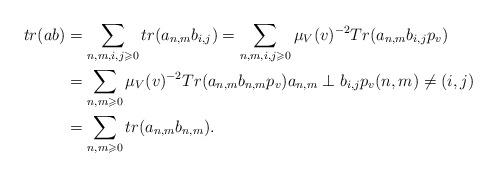
LaTeX: \begin{align*}tr(ab) & = \sum_{n,m,i,j\geqslant 0} tr(a_{n,m} b_{i,j}) = \sum_{n,m,i,j\geqslant 0} \mu_V(v)^{-2} Tr(a_{n,m}b_{i,j}p_v)\\ & = \sum_{n,m\geqslant 0} \mu_V(v)^{-2} Tr(a_{n,m}b_{n,m}p_v) a_{n,m}\perp b_{i,j}p_v (n,m)\neq (i,j)\\& = \sum_{n,m\geqslant 0} tr(a_{n,m}b_{n,m}).\end{align*}